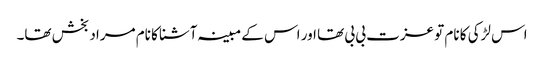
اس لڑکی کا نام تو عزت بی بی تھا اور اس کے مبینہ آشنا کا نام مراد بخش تھا۔